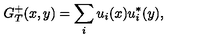
G _ { T } ^ { + } ( x , y ) = \sum _ { i } u _ { i } ( x ) u _ { i } ^ { * } ( y ) ,